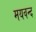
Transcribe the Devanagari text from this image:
मयवन्द